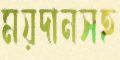
ময়দানসহ